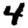
Digit: 4